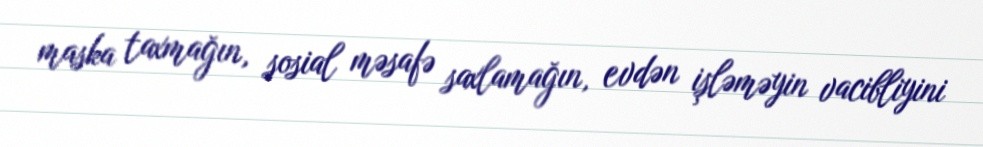
maska taxmağın, sosial məsafə saxlamağın, evdən işləməyin vacibliyini